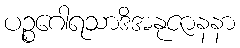
ပဉ္စဂေါရသာဒိအနုဇာနနာ